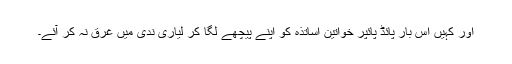
اور کہیں اس بار پائڈ پائپر خواتین اساتذہ کو اپنے پیچھے لگا کر لیاری ندی میں غرق نہ کر آئے۔